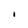
Character: I